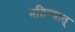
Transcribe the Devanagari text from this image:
महिन्यात्